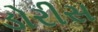
ડોરીસ